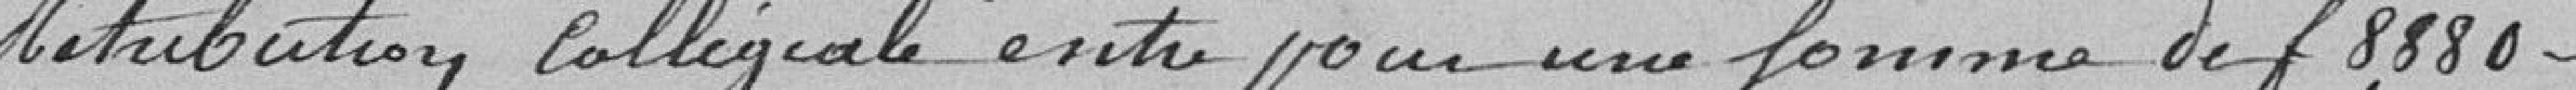
rétribution collégiale entre pour une somme de 8.880 francs.